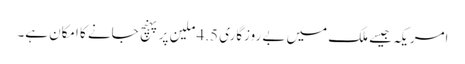
امریکہ جیسے ملک میں بے روزگاری 4.5 ملین پر پہنچ جانے کا امکان ہے۔